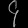
Digit: ၄